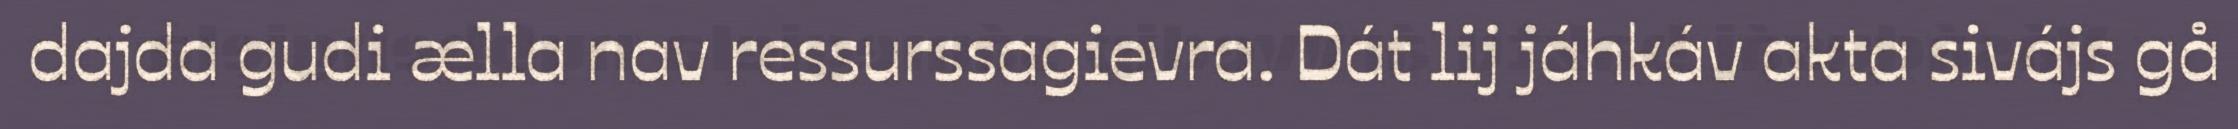
dajda gudi ælla nav ressurssagievra. Dát lij jáhkáv akta sivájs gå